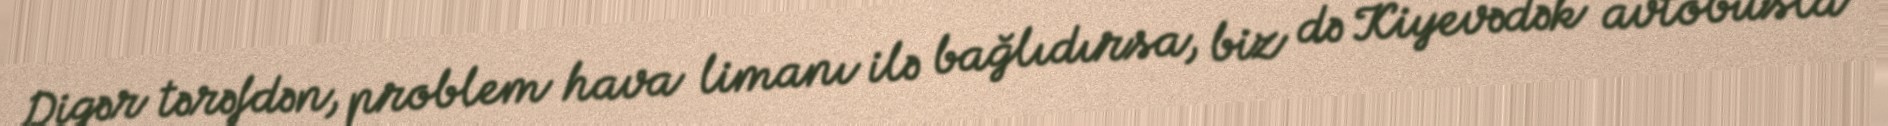
Digər tərəfdən, problem hava limanı ilə bağlıdırsa, biz də Kiyevədək avtobusla